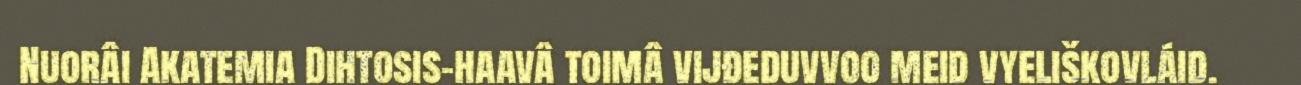
Nuorâi Akatemia Dihtosis-haavâ toimâ vijđeduvvoo meid vyeliškovláid.